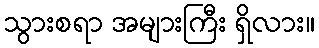
သွားစရာ အများကြီး ရှိလား။